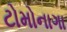
ટોમોનાગા